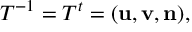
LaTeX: T ^ { - 1 } = T ^ { t } = ( { \bf u } , { \bf v } , { \bf n } ) ,